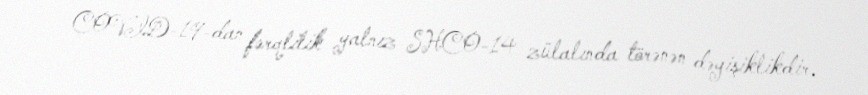
COVID-19-dan fərqlilik yalnız SHCO-14 zülalında törənən dəyişiklikdir.